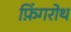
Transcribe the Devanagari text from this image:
फ़िंगरोथ